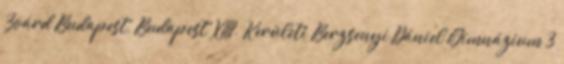
Zoárd Budapest, Budapest XIII. Kerületi Berzsenyi Dániel Gimnázium 3